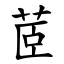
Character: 茝